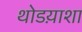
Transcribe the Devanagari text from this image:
थोडय़ाशा